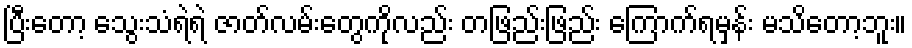
ပြီးတော့ သွေးသံရဲရဲ ဇာတ်လမ်းတွေကိုလည်း တဖြည်းဖြည်း ကြောက်ရမှန်း မသိတော့ဘူး။